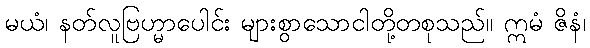
မယံ၊ နတ်လူဗြဟ္မာပေါင်း များစွာသောငါတို့တစုသည်။ ဣမံ ဇိနံ၊